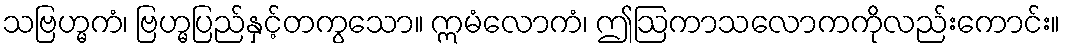
သဗြဟ္မကံ၊ ဗြဟ္မပြည်နှင့်တကွသော။ ဣမံလောကံ၊ ဤဩကာသလောကကိုလည်းကောင်း။